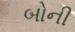
બોની